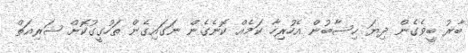
ބާރު ބީވެގެން ދިޔަ ހިސާބުން އެހުރިހާ ކަމެއް ކޮނެގެން ނަގައިގެން ތަހުގީގުކޮށް ޝަރިއަތް